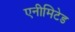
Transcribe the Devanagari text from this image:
एनीमिटेड